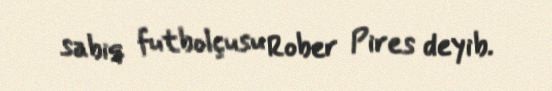
sabiq futbolçusu Rober Pires deyib.